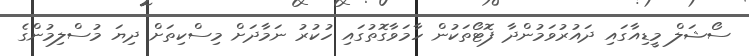
ސޯޝަލް މީޑިއާގައި ދައުރުވަމުންދާ ފޮޓޯތަކުން ހާމަވާގޮތުގައި ހުކުރު ނަމާދަށް މިސްކިތަށް ދިޔަ މުސްލިމުންގެ